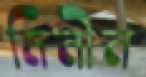
মিনীন